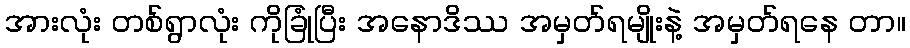
အားလုံး တစ်ရွာလုံး ကိုခြုံပြီး အနောဒိဿ အမှတ်ရမျိုးနဲ့ အမှတ်ရနေ တာ။